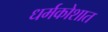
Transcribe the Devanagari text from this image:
धर्मकोशात